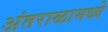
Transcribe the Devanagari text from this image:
अंतराळामध्ये